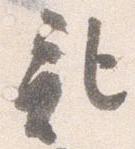
記